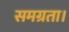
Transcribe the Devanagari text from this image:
समग्रता।